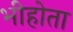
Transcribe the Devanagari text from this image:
भीहोता